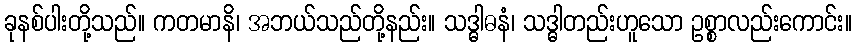
ခုနစ်ပါးတို့သည်။ ကတမာနိ၊ အဘယ်သည်တို့နည်း။ သဒ္ဓါဓနံ၊ သဒ္ဓါတည်းဟူသော ဥစ္စာလည်းကောင်း။